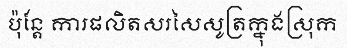
ប៉ុន្តែ ការផលិតសរសៃសូត្រក្នុងស្រុក